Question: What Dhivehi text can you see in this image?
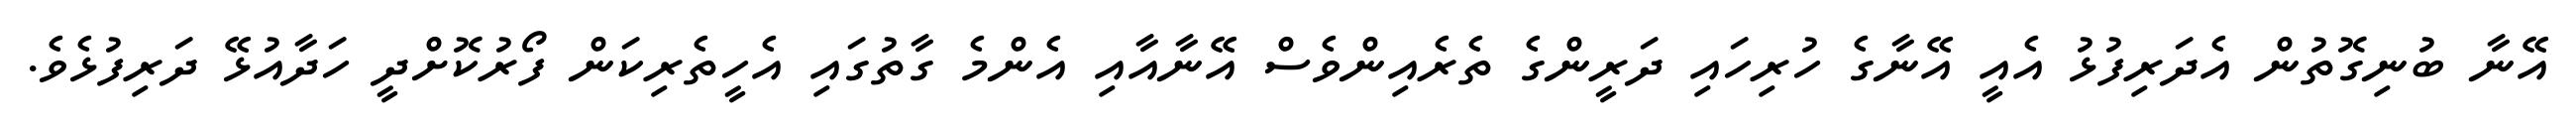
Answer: އޭނާ ބުނިގޮތުން އެދަރިފުޅު އެއީ އޭނާގެ ހުރިހައި ދަރީންގެ ތެރެއިންވެސް އޭނާއާއި އެންމެ ގާތުގައި އެހީތެރިކަން ފޯރުކޮށްދީ ހަދާއުޅޭ ދަރިފުޅެވެ.